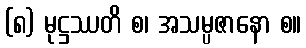
(၈) မုဋ္ဌဿတိ စ၊ အသမ္ပဇာနော စ။